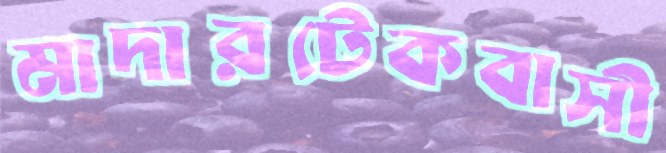
মাদারটেকবাসী